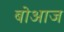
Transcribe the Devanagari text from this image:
बोआज